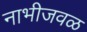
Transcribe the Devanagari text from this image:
नाभीजवळ